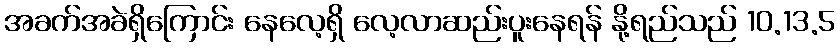
အခက်အခဲရှိကြောင်း နေလေ့ရှိ လေ့လာဆည်းပူးနေရန် နို့ရည်သည် 10.13.5